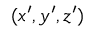
( x ^ { \prime } , y ^ { \prime } , z ^ { \prime } )